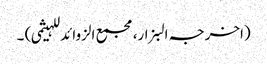
(اخرجہ البزار،مجمع الزوائد للہیثمی) ۔